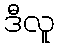
ဒီလူ